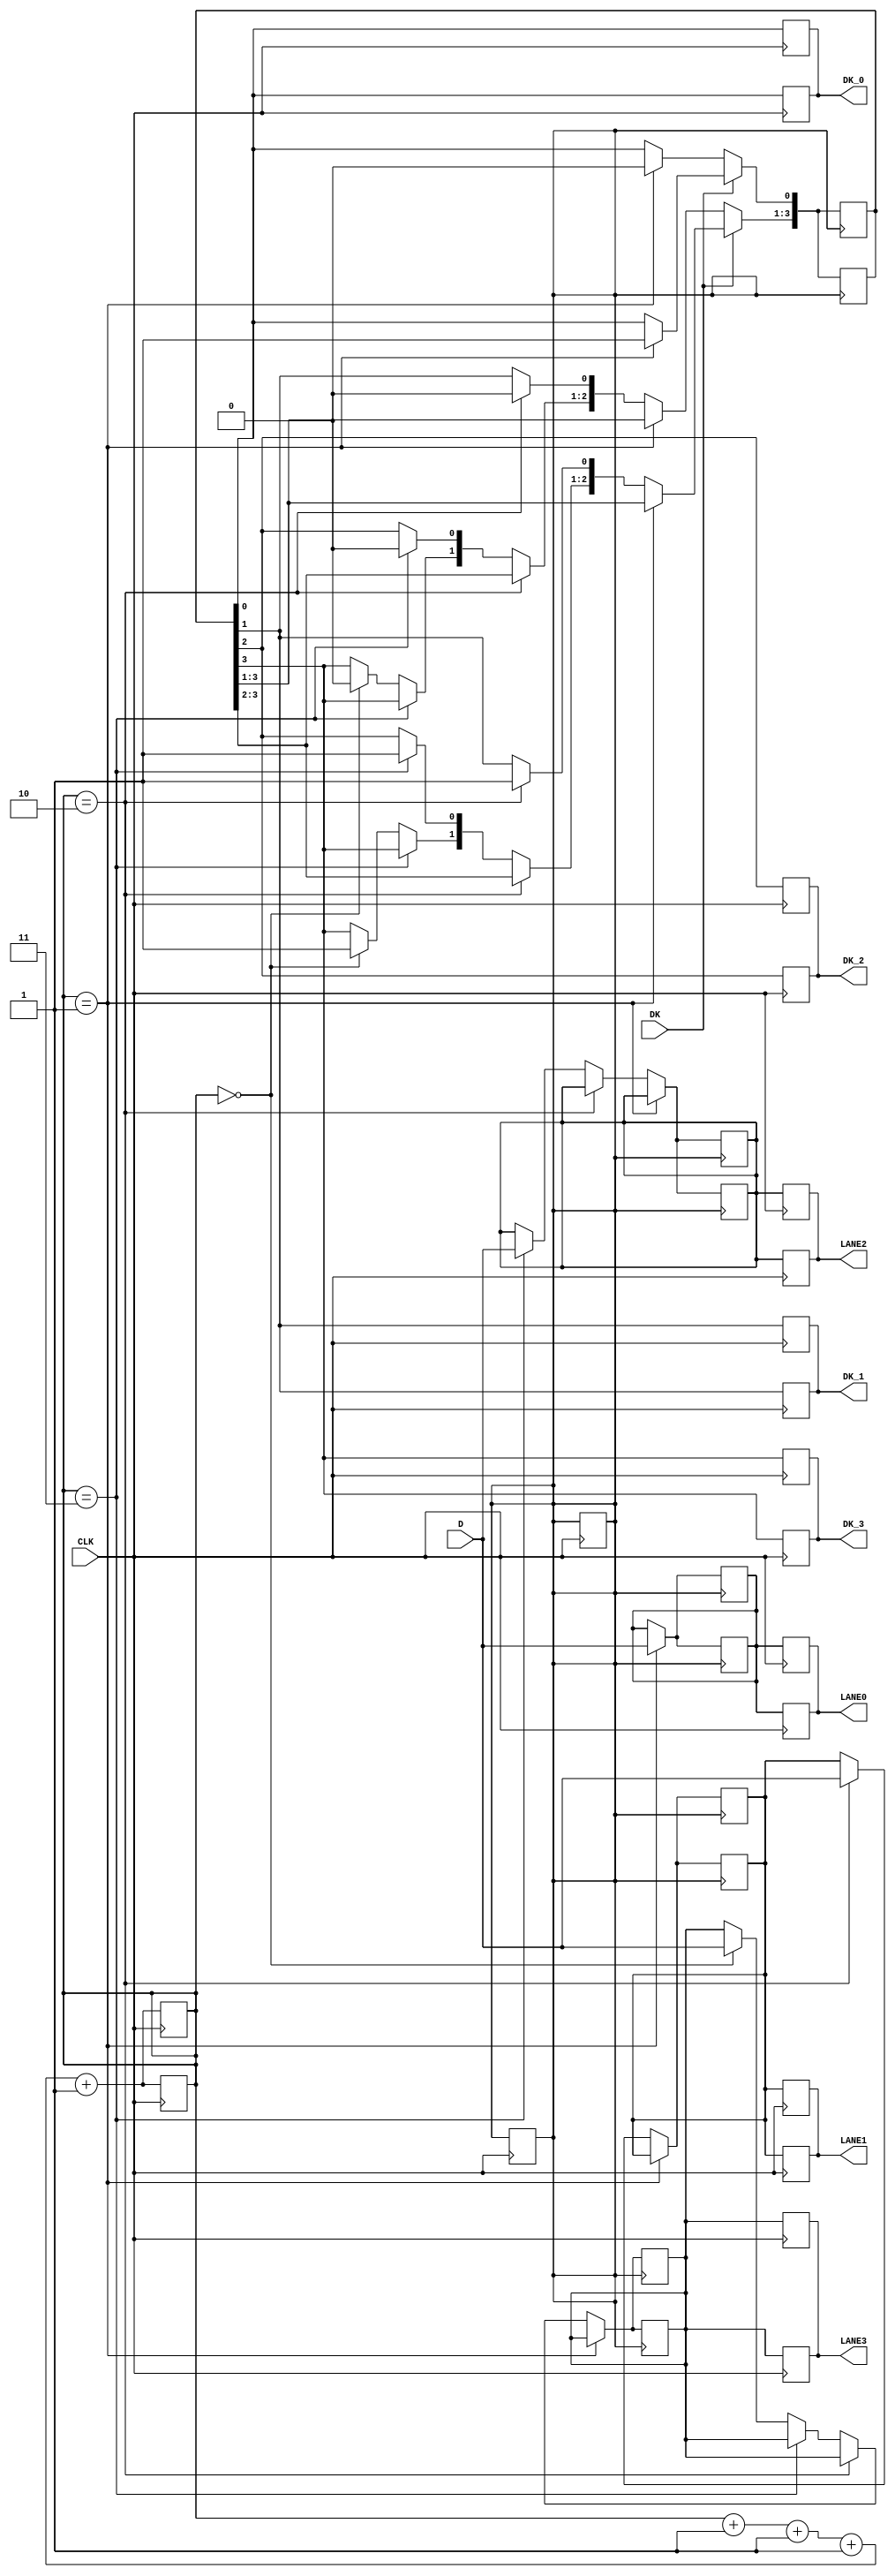
//--Creado por Jorge Munoz Taylor
//--Circuitos digitales 2
//--I-2018

module byte_strip
(
    input               CLK,
    input       [7:0]   D,
    input               DK,

    output reg  [7:0]   LANE0,
    output reg  [7:0]   LANE1,
    output reg  [7:0]   LANE2,
    output reg  [7:0]   LANE3,
    output reg          DK_0,
    output reg          DK_1,
    output reg          DK_2,
    output reg          DK_3
);

    reg [7:0]   ACT_LANE [3:0];
    reg [3:0]   ACT_DK;    
    reg [1:0]   CONTADOR_DE_LANES=0 ;//= 2'b11;
    reg         count             = 0;//1;
    integer     i;

//********************************************************

    always @(posedge CLK)   
        begin
            LANE0 <= ACT_LANE [0];
            LANE1 <= ACT_LANE [1];
            LANE2 <= ACT_LANE [2];
            LANE3 <= ACT_LANE [3];

            DK_0  <= ACT_DK   [0];
            DK_1  <= ACT_DK   [1];
            DK_2  <= ACT_DK   [2];
            DK_3  <= ACT_DK   [3];
        end

    always @(negedge CLK)  
        begin
            LANE0 <= ACT_LANE [0];
            LANE1 <= ACT_LANE [1];
            LANE2 <= ACT_LANE [2];
            LANE3 <= ACT_LANE [3];

            DK_0  <= ACT_DK   [0];
            DK_1  <= ACT_DK   [1];
            DK_2  <= ACT_DK   [2];
            DK_3  <= ACT_DK   [3];
        end
//********************************************************

    always @(posedge CLK) 
        for(i=0;i<4;i=i+1) begin
            #500 CONTADOR_DE_LANES = CONTADOR_DE_LANES+1;
            count = !count;
        end

    always @(negedge CLK) 
        for(i=0;i<4;i=i+1) begin
            #500 CONTADOR_DE_LANES = CONTADOR_DE_LANES+1;
            count = !count;
        end
//********************************************************
    always @(posedge count)

    if (DK==1) 
    begin
            if(CONTADOR_DE_LANES==2'b01) begin
                ACT_LANE[0] <= D;
                ACT_DK  [0] <= 1;
            end

            else if(CONTADOR_DE_LANES==2'b10) begin
                ACT_LANE[1] = D;
                ACT_DK  [1] = 1;
            end

            else if(CONTADOR_DE_LANES==2'b11) begin
                ACT_LANE[2] = D;
                ACT_DK  [2] = 1;
            end

            else if(CONTADOR_DE_LANES==2'b00) begin
                ACT_LANE[3] = D;
                ACT_DK  [3] = 1;
            end
    end
    else
            if(CONTADOR_DE_LANES==2'b01) begin
                ACT_LANE[0] <= D;
                ACT_DK  [0] <= 0;
            end

            else if(CONTADOR_DE_LANES==2'b10) begin
                ACT_LANE[1] = D;
                ACT_DK  [1] = 0;
            end

            else if(CONTADOR_DE_LANES==2'b11) begin
                ACT_LANE[2] = D;
                ACT_DK  [2] = 0;
            end

            else if(CONTADOR_DE_LANES==2'b00) begin
                ACT_LANE[3] = D;
                ACT_DK  [3] = 0;
            end      

    always @(negedge count)

    if (DK==1) 
    begin
            if(CONTADOR_DE_LANES==2'b01) begin
                ACT_LANE[0] <= D;
                ACT_DK  [0] <= 1;
            end

            else if(CONTADOR_DE_LANES==2'b10) begin
                ACT_LANE[1] = D;
                ACT_DK  [1] = 1;
            end

            else if(CONTADOR_DE_LANES==2'b11) begin
                ACT_LANE[2] = D;
                ACT_DK  [2] = 1;
            end

            else if(CONTADOR_DE_LANES==2'b00) begin
                ACT_LANE[3] = D;
                ACT_DK  [3] = 1;
            end
    end
    else
            if(CONTADOR_DE_LANES==2'b01) begin
                ACT_LANE[0] <= D;
                ACT_DK  [0] <= 0;
            end

            else if(CONTADOR_DE_LANES==2'b10) begin
                ACT_LANE[1] = D;
                ACT_DK  [1] = 0;
            end

            else if(CONTADOR_DE_LANES==2'b11) begin
                ACT_LANE[2] = D;
                ACT_DK  [2] = 0;
            end

            else if(CONTADOR_DE_LANES==2'b00) begin
                ACT_LANE[3] = D;
                ACT_DK  [3] = 0;
            end      
    
endmodule